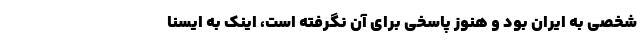
شخصی به ایران بود و هنوز پاسخی برای آن نگرفته است، اینک به ایسنا